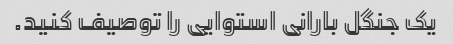
یک جنگل بارانی استوایی را توصیف کنید.